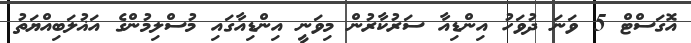
އޮގަސްޓް 5 ވަނަ ދުވަހު އިންޑިއާ ސަރުކާރުން މިވަނީ އިންޑިއާގައި މުސްލިމުންގެ އަޣުލަބިއްޔަތު